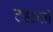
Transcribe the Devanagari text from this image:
टहलती